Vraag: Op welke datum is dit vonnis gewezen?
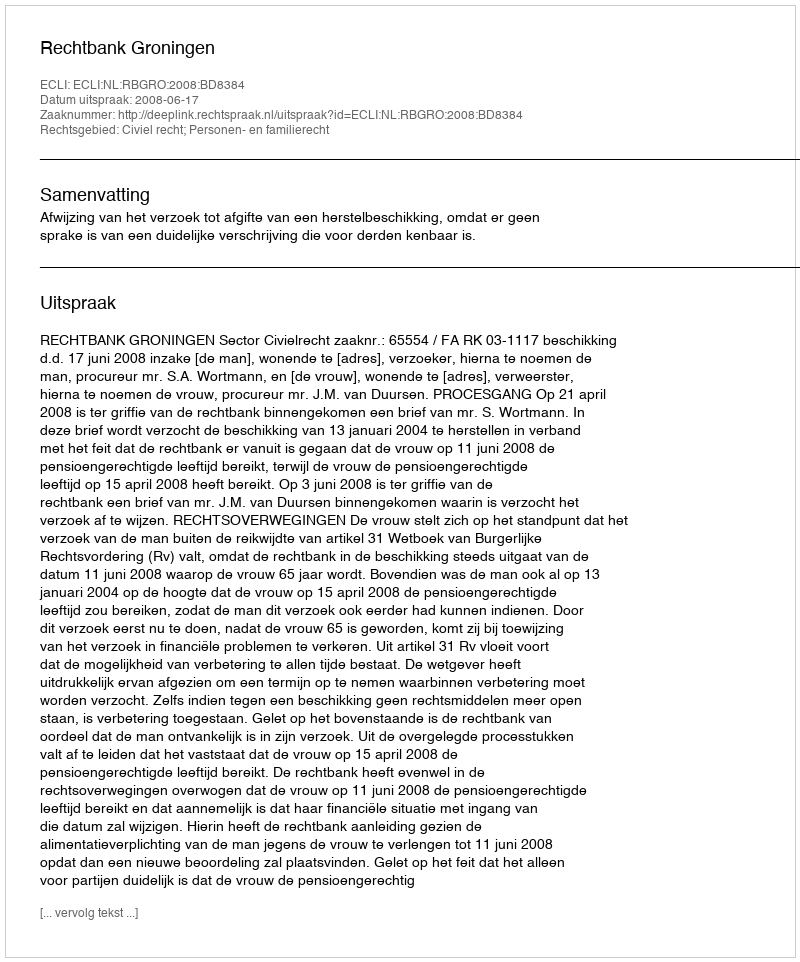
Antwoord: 2008-06-17